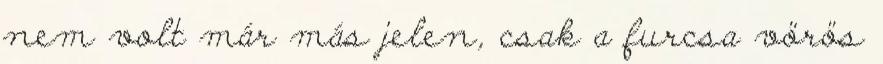
nem volt már más jelen, csak a furcsa vörös